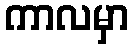
ကာလမှာ